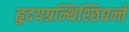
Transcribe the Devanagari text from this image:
हृदयग्रन्थिश्छिद्यन्ते